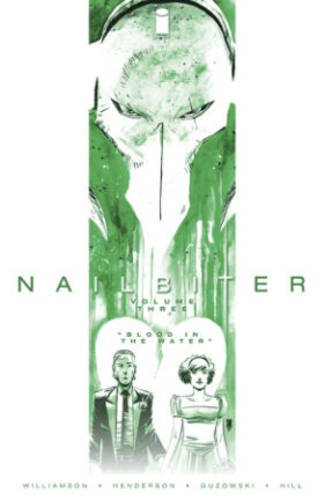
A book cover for Nailbiter Volume 3: Blood in the Water (Nailbiter Tp); Joshua Williamson; Comics & Graphic Novels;